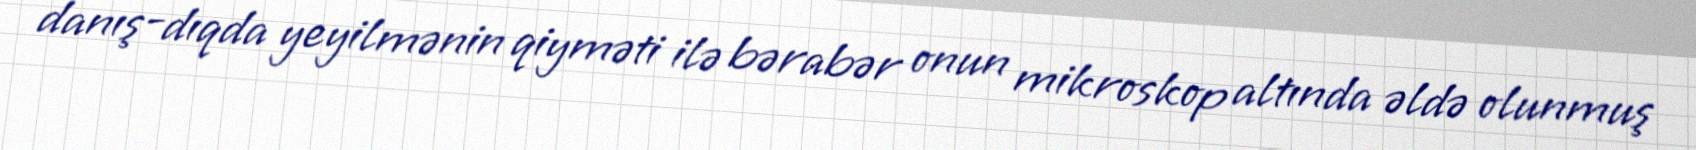
danış-dıqda yeyilmənin qiyməti ilə bərabər onun mikroskop altında əldə olunmuş